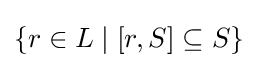
\{r\in L\mid [r,S]\subseteq S\}